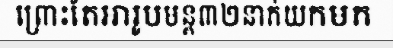
ព្រោះតែអារូបមន្ត៣២នាក់យកមក